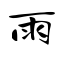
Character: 雨